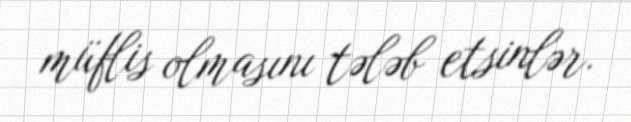
müflis olmasını tələb etsinlər.